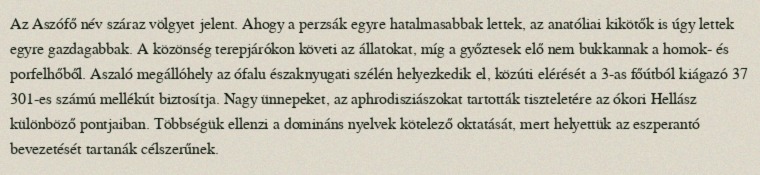
Az Aszófő név száraz völgyet jelent. Ahogy a perzsák egyre hatalmasabbak lettek, az anatóliai kikötők is úgy lettek egyre gazdagabbak. A közönség terepjárókon követi az állatokat, míg a győztesek elő nem bukkannak a homok- és porfelhőből. Aszaló megállóhely az ófalu északnyugati szélén helyezkedik el, közúti elérését a 3-as főútból kiágazó 37 301-es számú mellékút biztosítja. Nagy ünnepeket, az aphrodisziászokat tartották tiszteletére az ókori Hellász különböző pontjaiban. Többségük ellenzi a domináns nyelvek kötelező oktatását, mert helyettük az eszperantó bevezetését tartanák célszerűnek.